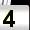
Digit: 4